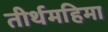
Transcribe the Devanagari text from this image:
तीर्थमहिमा